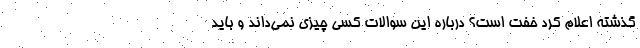
گذشته اعلام کرد خفت است؟ درباره این سوالات کسی چیزی نمی‌داند و باید